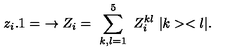
z _ { i } . 1 = \ \rightarrow Z _ { i } = \ \sum _ { k , l = 1 } ^ { 5 } \ Z _ { i } ^ { k l } \ | k > < l | .